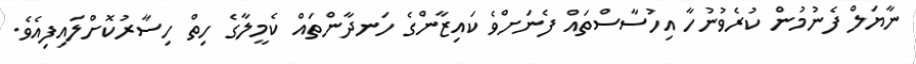
ނާޔަލް ފެނުމުން ކުރެވުނުހާ އިހުސާސްތައް ފެނަށްވެ ކައިޒާންގެ ހަނދާންތައް ކެމީލާގެ ހިތް ހިސާރުކޮށްލައިފިއެވެ.